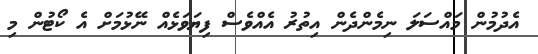
އެދުމުން މައްސަލަ ނިމެންދެން އިތުރު އެއްވެސް ފިޔަވަޅެއް ނޭޅުމަށް އެ ކޯޓުން މި